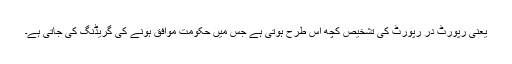
یعنی رپورٹ در رپورٹ کی تشخیص کچھ اس طرح ہوتی ہے جس میں حکومت موافق ہونے کی گریڈنگ کی جاتی ہے۔